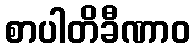
စာပါတိခီဏာဝ